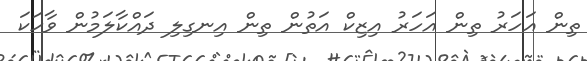
ތިން އަހަރު ތިން އަހަރު އިޒިކް އަތުން ތިން އިނގިލި ދައްކާލަމުން ވާހަކަ